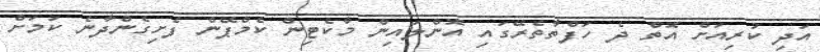
އަދި ކުރިއަށް އޮތް ދެ ހަފްތާތެރޭގައި އޮންލައިން މާކެޓިން ކެމްޕޭން ފެށިގެންދާނެ ކަމަށް